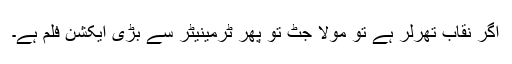
اگر نقاب تھرلر ہے تو مولا جٹ تو پھر ٹرمینیٹر سے بڑی ایکشن فلم ہے۔